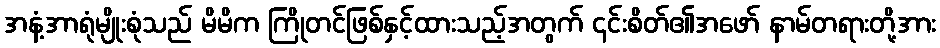
အနံ့အာရုံမျိုးစုံသည် မိမိက ကြိုတင်ဖြစ်နှင့်ထားသည့်အတွက် ၎င်းစိတ်၏အဖော် နာမ်တရားတို့အား